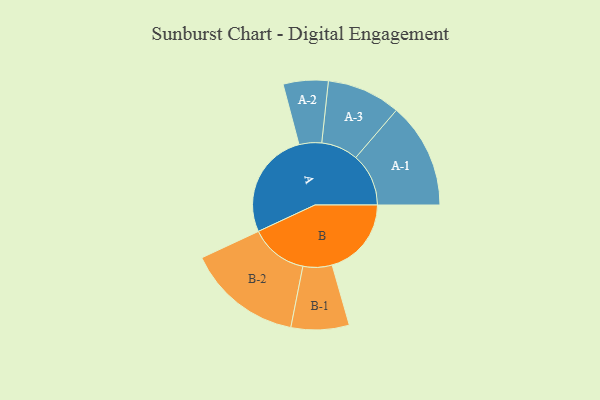
{"axis": {"x": "Segment", "y": "Value"}, "legend": ["", "A", "B"], "data": [{"x": "A", "y": 491, "type": ""}, {"x": "B", "y": 363, "type": ""}, {"x": "A-1", "y": 242, "type": "A"}, {"x": "A-2", "y": 103, "type": "A"}, {"x": "A-3", "y": 169, "type": "A"}, {"x": "B-1", "y": 133, "type": "B"}, {"x": "B-2", "y": 264, "type": "B"}]}